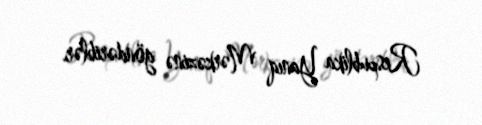
Respublika Yanıq Mərkəzinə göndəriblər.